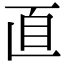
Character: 𦣽